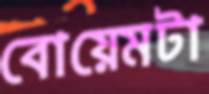
বোয়েমটা